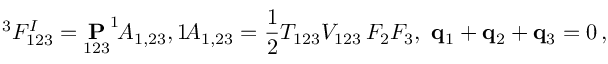
^ 3 F _ { 1 2 3 } ^ { I } = \underset { 1 2 3 } { \bf P } ^ { 1 \! } A _ { 1 , 2 3 } , \^ { 1 \! } A _ { 1 , 2 3 } = \frac 1 2 T _ { 1 2 3 } V _ { 1 2 3 } \, F _ { 2 } F _ { 3 } , \ { \bf q } _ { 1 } + { \bf q } _ { 2 } + { \bf q } _ { 3 } = 0 \, ,